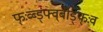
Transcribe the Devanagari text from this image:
फ्ःव्ब्ड्फ्व्बीड्फ्ःव